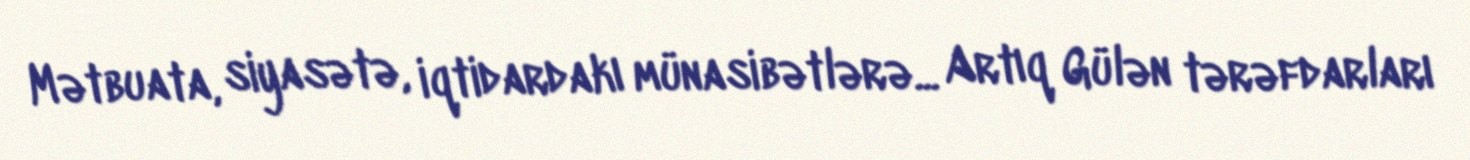
Mətbuata, siyasətə, iqtidardakı münasibətlərə... Artıq Gülən tərəfdarları